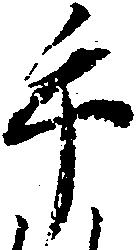
手